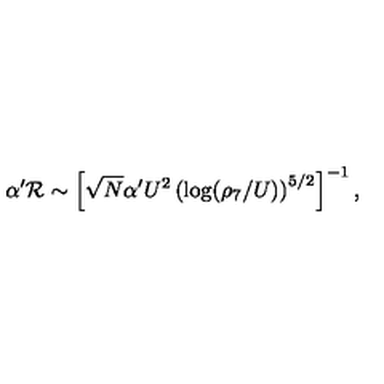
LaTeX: \alpha ^ { \prime } { \cal { R } } \sim \left[ \sqrt { N } \alpha ^ { \prime } U ^ { 2 } \left( \log ( \rho _ { 7 } / U ) \right) ^ { 5 / 2 } \right] ^ { - 1 } ,